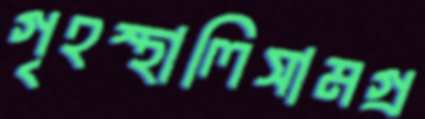
গৃহস্থালিসামগ্র